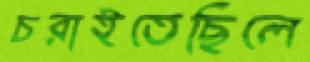
চরাইতেছিলে